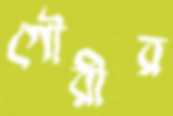
গৌরীর